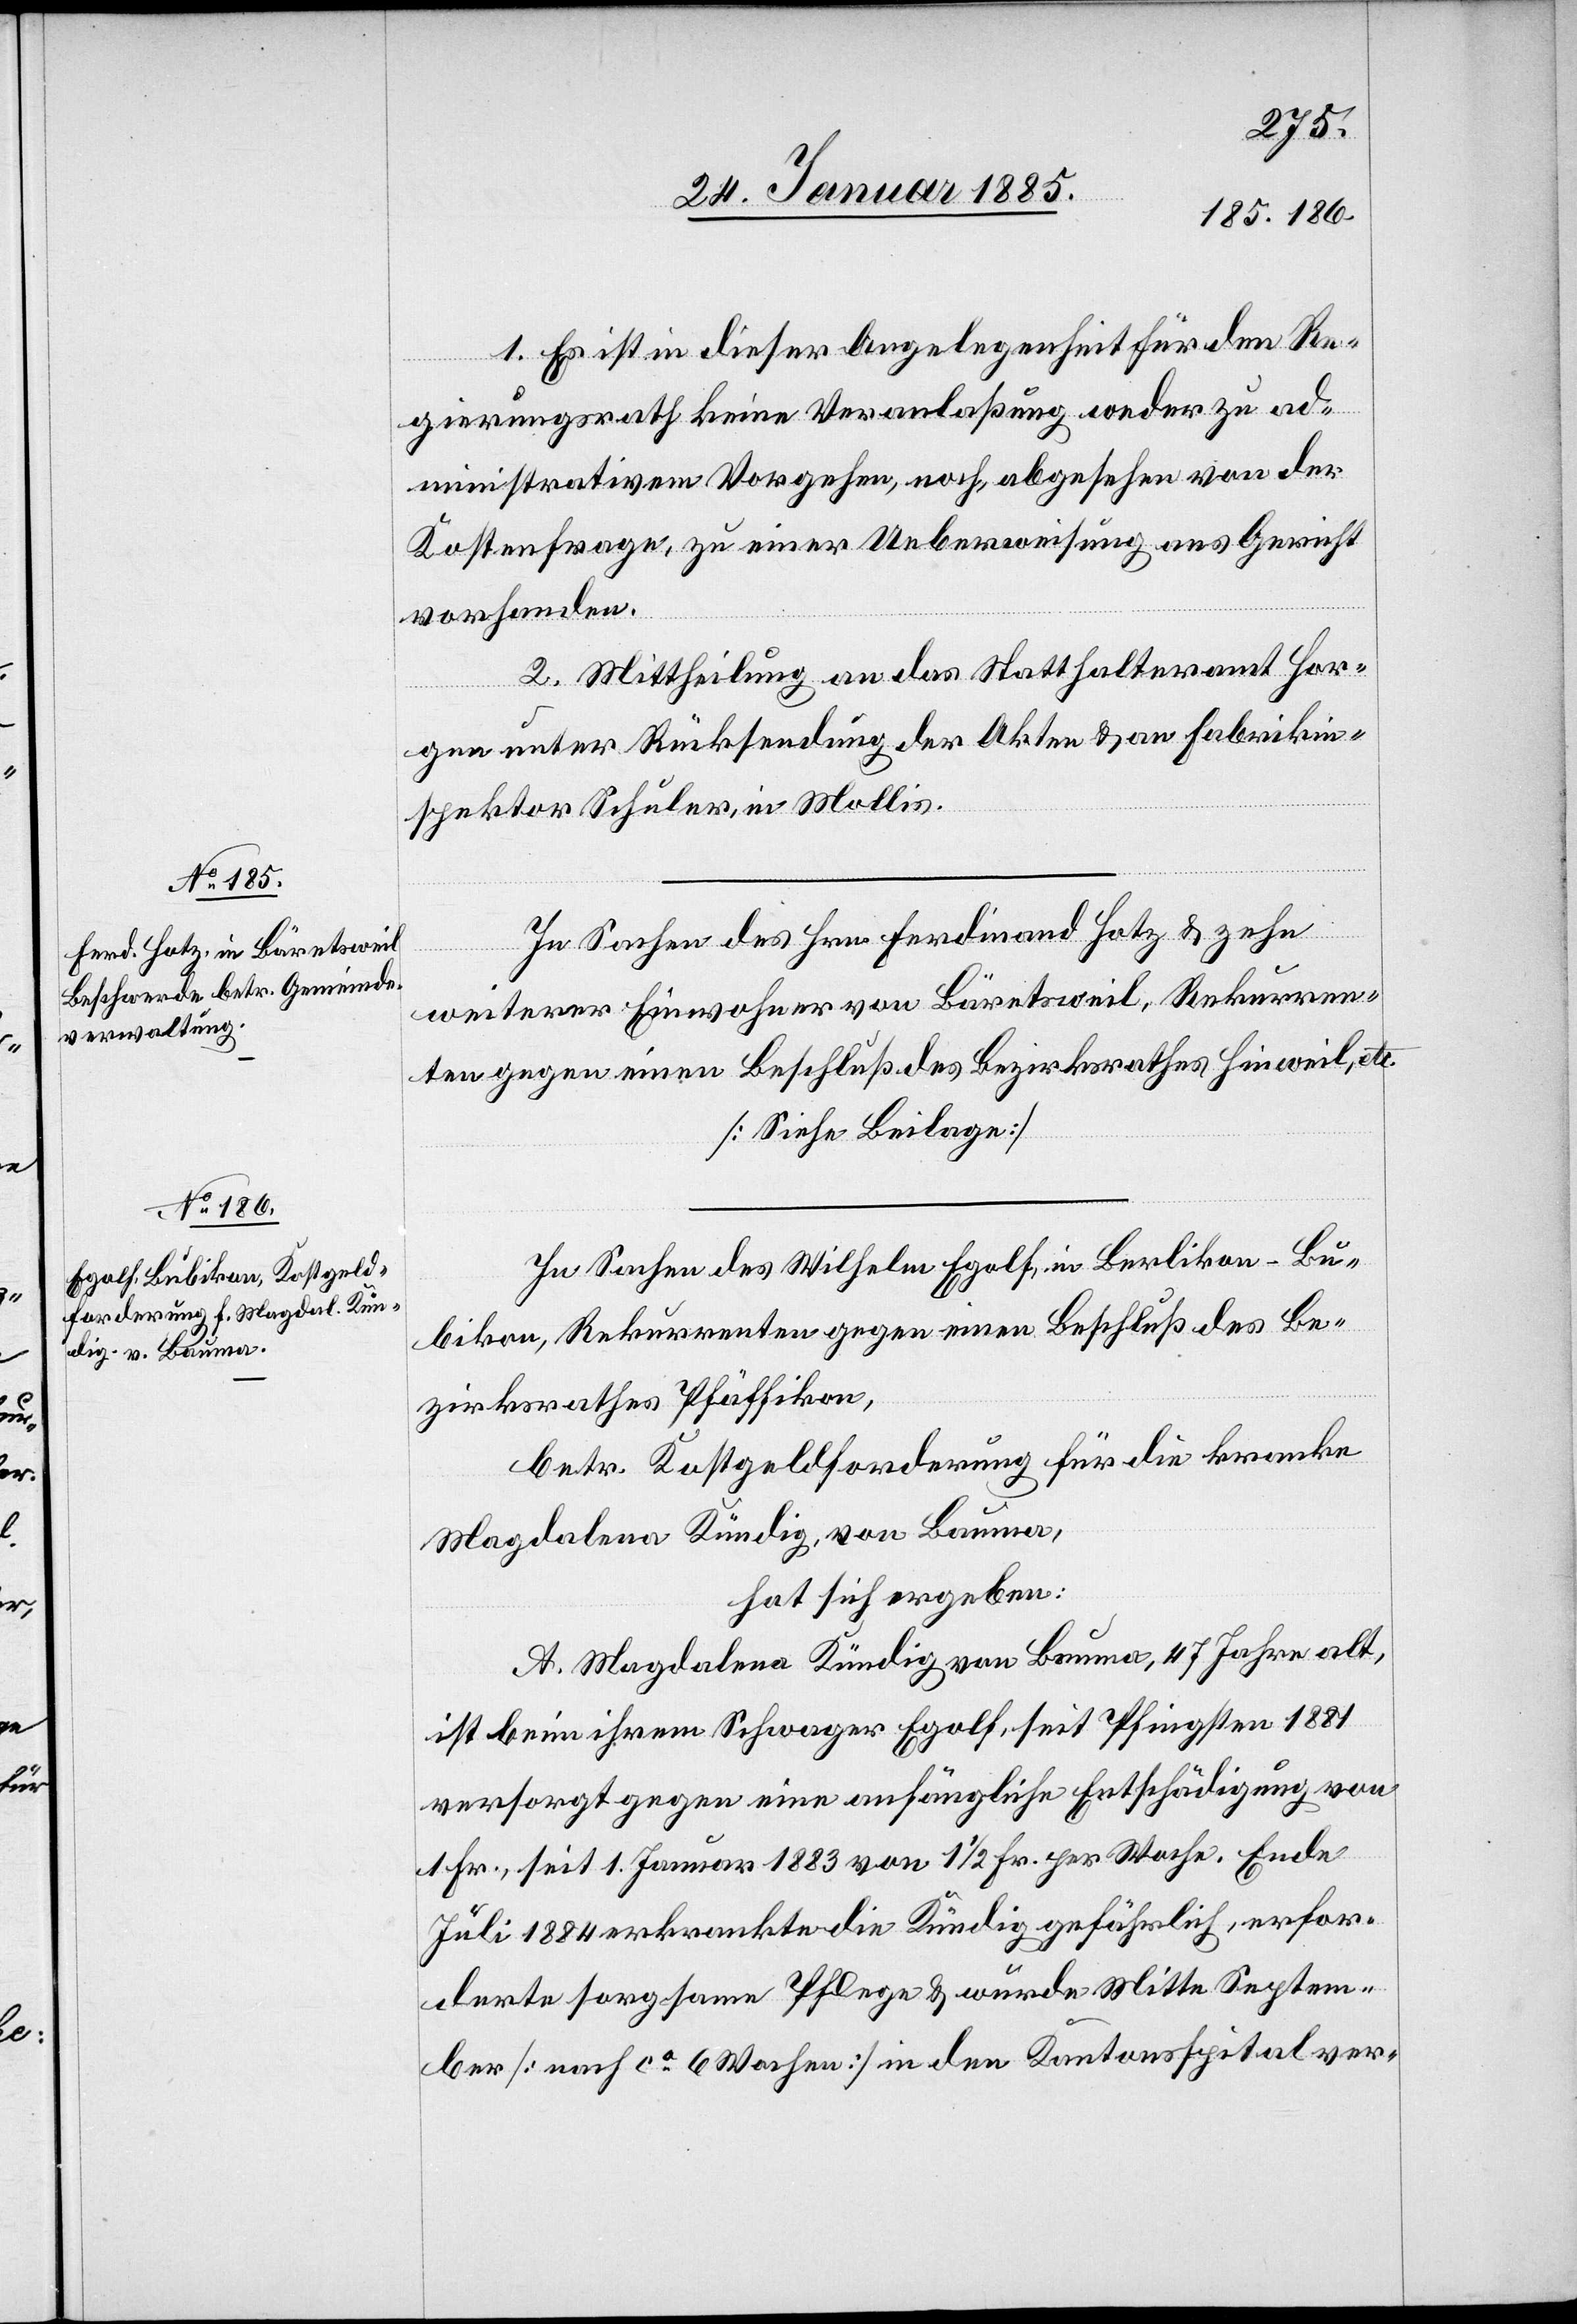
1. Es ist in dieser Angelegenheit für den Re¬
gierungsrath keine Veranlaßung weder zu ad¬
ministrativem Vorgehen, noch, abgesehen von der
Kostenfrage, zu einer Ueberweisung ans Gericht
vorhanden.
2. Mittheilung an das Statthalteramt Hor¬
gen unter Rücksendung der Akten & an Fabrikin¬
spektor Schuler, in Mollis.
In Sachen des Wilhelm Egolf, in Berlikon - Bu¬
bikon, Rekurrenten gegen einen Beschluß des Be¬
zirksrathes Pfäffikon,
betr. Kostgeldforderung für die kranke
Magdalena Kündig, von Bauma,
hat sich ergeben:
A. Magdalena Kündig von Bauma, 47 Jahre alt,
ist beim [sic!] ihrem Schwager Egolf, seit Pfingsten 1881
versorgt gegen eine anfängliche Entschädigung von
1 Fr., seit 1. Januar 1883 von 1 1/2 Fr. per Woche. Ende
Juli 1884 erkrankte die Kündig gefährlich, erfor¬
derte sorgsame Pflege & wurde Mitte Septem¬
ber [nach ca 6 Wochen] in den Kantonsspital ver-